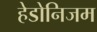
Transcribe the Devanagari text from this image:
हेडोनिजम